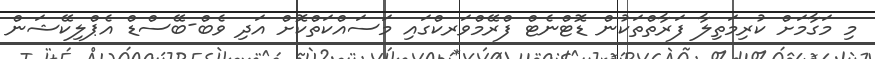
މި މަގާމަށް ކުރިމަތިލާ ފަރާތްތަކުން ޑޮޓްނެޓް ފްރޭމްވަރކްގައި މަސައްކަތްކޮށް އަދި ވެބް-ބޭސްޑް އެޕްލިކޭޝަން